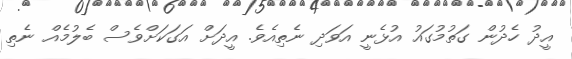
އީދު ހެދުން ގަތުމުގައު އުޅެނީ އަވަދި ނެތިއެވެ. އީދަށް އަގަކަށްވެސް ބެލުމެއް ނެތި